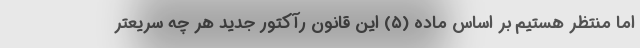
اما منتظر هستیم بر اساس ماده (۵) این قانون رآکتور جدید هر چه سریعتر